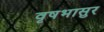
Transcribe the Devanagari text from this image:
वृषभासुर